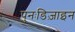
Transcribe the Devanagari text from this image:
पुनःडिज़ाइन